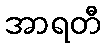
အာရတီ